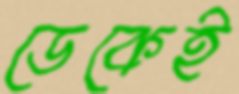
ডেকেই